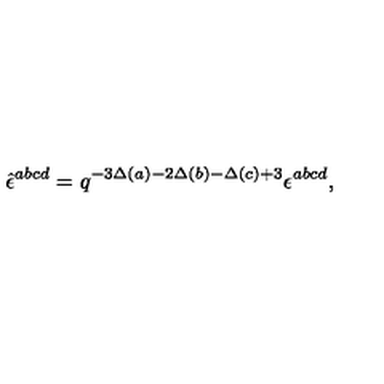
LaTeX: \hat { \epsilon } ^ { a b c d } = q ^ { - 3 \Delta ( a ) - 2 \Delta ( b ) - \Delta ( c ) + 3 } \epsilon ^ { a b c d } ,